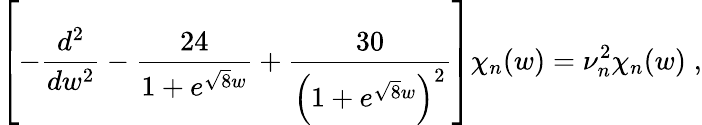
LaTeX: \left[-\frac{d^{2}}{dw^{2}}-\frac{24}{1+e^{\sqrt{8}w}}+\frac{30}{\left(1+e^{\sqrt{8}w}\right)^{2}}\right]\chi_{n}(w)=\nu_{n}^{2}\chi_{n}(w)\; ,